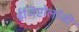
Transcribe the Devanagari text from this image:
ईजिप्टोलॉजी